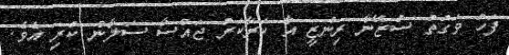
ފަހު ވަގުތު ސުޒޭނާ ރިންޒީ އާ ކަރާކަރު ޖައްސާ ސަލާން ކުރި އެވެ.